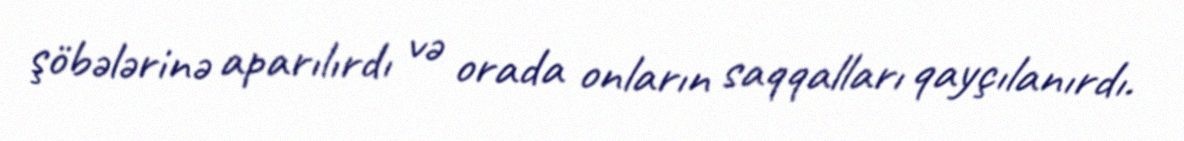
şöbələrinə aparılırdı və orada onların saqqalları qayçılanırdı.